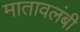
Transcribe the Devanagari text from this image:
मातावलंबी